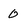
Character: 0